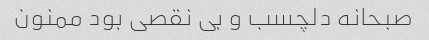
صبحانه دلچسب و بی نقصی بود ممنون